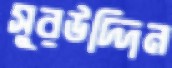
সুরউদ্দিন